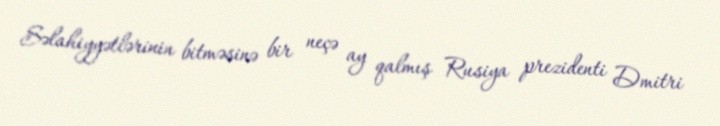
Səlahiyyətlərinin bitməsinə bir neçə ay qalmış Rusiya prezidenti Dmitri